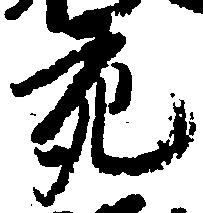
充